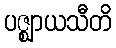
ပဇ္ဈာယသီတိ